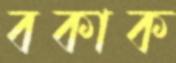
বকাক